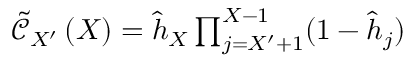
\begin{array} { r } { \tilde { \mathcal { C } } _ { X ^ { \prime } } \left( X \right) = \hat { h } _ { X } \prod _ { j = X ^ { \prime } + 1 } ^ { X - 1 } ( 1 - \hat { h } _ { j } ) } \end{array}